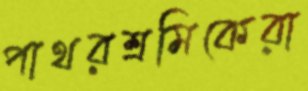
পাথরশ্রমিকেরা